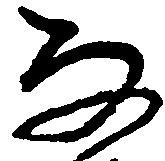
な